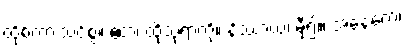
ထိုစကားသင့်စွ။ ဧတံ၊ ထိုသုရာကို။ နိဿာယ၊ မှီ၍။ အနေကေ၊